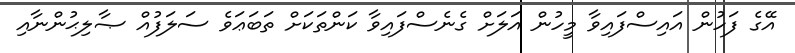
އޭގެ ފަހުން އައިސްފައިވާ މީހުން އަލަށް ގެނެސްފައިވާ ކަންތަކަށް ތަބަޢަވެ ސަލަފުއް ޞާލިޙުންނާއި